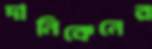
দানিকেনের